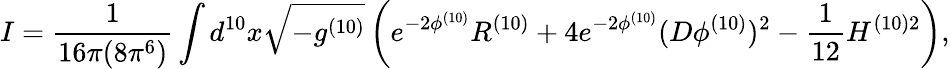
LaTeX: I=\frac{1}{16\pi(8\pi^{6})}\int d^{10}x\sqrt{-g^{(10)}}\left(e^{-2\phi^{(10)}}R^{(10)}+4e^{-2\phi^{(10)}}(D\phi^{(10)})^{2}-\frac{1}{12}H^{(10)2}\right),